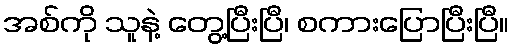
အစ်ကို သူနဲ့ တွေ့ပြီးပြီ၊ စကားပြောပြီးပြီ။